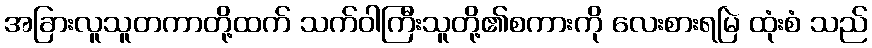
အခြားလူသူတကာတို့ထက် သက်ဝါကြီးသူတို့၏စကားကို လေးစားရမြဲ ထုံးစံ သည်